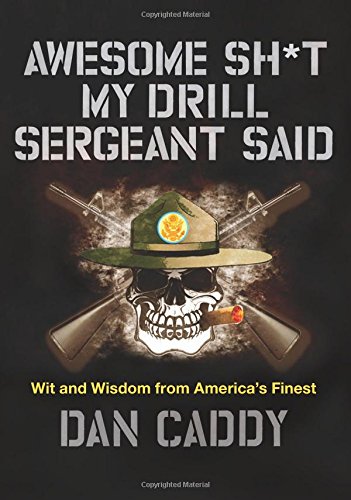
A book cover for Awesome Sh*t My Drill Sergeant Said: Wit and Wisdom from America's Finest; Dan Caddy; Humor & Entertainment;